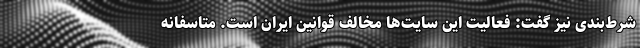
شرط‌بندی نیز گفت: فعالیت این سایت‌ها مخالف قوانین ایران است. متاسفانه